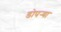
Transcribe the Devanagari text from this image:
डोपर्‍या